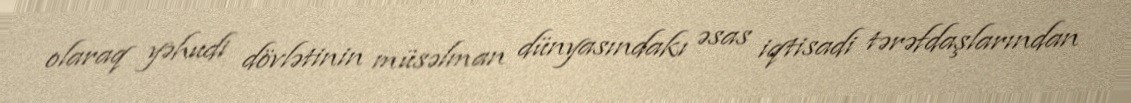
olaraq yəhudi dövlətinin müsəlman dünyasındakı əsas iqtisadi tərəfdaşlarından